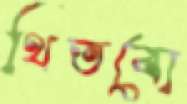
থিতবো